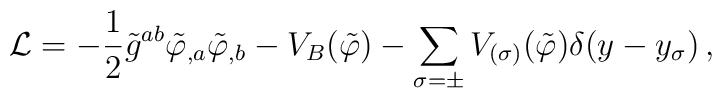
{\cal L}= - \frac{1}{2} \tilde  g^{ab}      \tilde\varphi_{,a} \tilde\varphi_{,b}          -V_B(\tilde\varphi)          -\sum_{\sigma=\pm} V_{(\sigma)}(\tilde\varphi)              \delta(y-y_{\sigma}) \,,